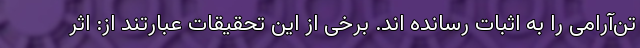
تن‌آرامی را به اثبات رسانده اند. برخی از این تحقیقات عبارتند از: اثر